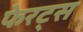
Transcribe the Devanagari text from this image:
फेरट्स